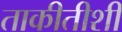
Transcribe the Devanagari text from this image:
ताकीतीशी